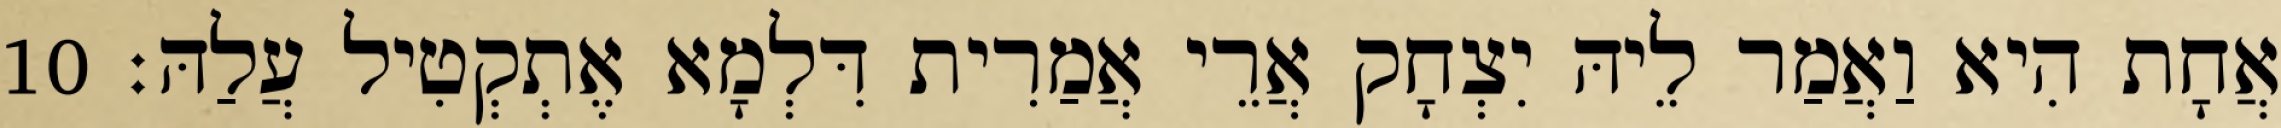
אֲחָת הִיא וַאֲמַר לֵיהּ יִצְחָק אֲרֵי אֲמַרִית דִּלְמָא אֶתְקְטִיל עֲלַהּ׃ 10